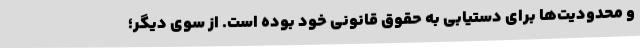
و محدودیت‌ها برای دستیابی به حقوق قانونی خود بوده است. از سوی دیگر؛